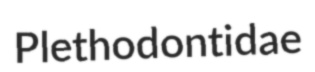
Plethodontidae